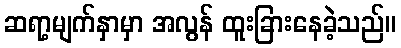
ဆရာ့မျက်နှာမှာ အလွန် ထူးခြားနေခဲ့သည်။